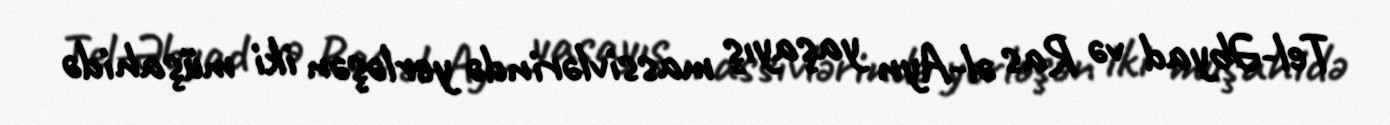
Tel-Əbyad və Ras əl-Ayn yaşayış massivlərində yerləşən iki müşahidə